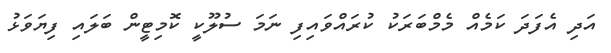
އަދި އެފަދަ ކަމެއް މެމްބަރަކު ކުރައްވައިފި ނަމަ ސުލޫކީ ކޮމިޓީން ބަލައި ފިޔަވަޅު